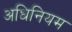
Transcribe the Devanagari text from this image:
अधिनियम